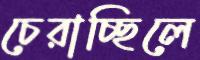
চেরাচ্ছিলে